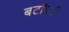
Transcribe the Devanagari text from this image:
बटॉयदी